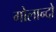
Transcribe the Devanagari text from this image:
गोलान्दो